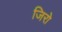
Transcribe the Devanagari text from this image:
जिरो